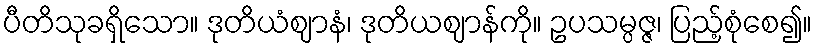
ပီတိသုခရှိသော။ ဒုတိယံဈာနံ၊ ဒုတိယဈာန်ကို။ ဥပသမ္ပဇ္ဇ၊ ပြည့်စုံစေ၍။